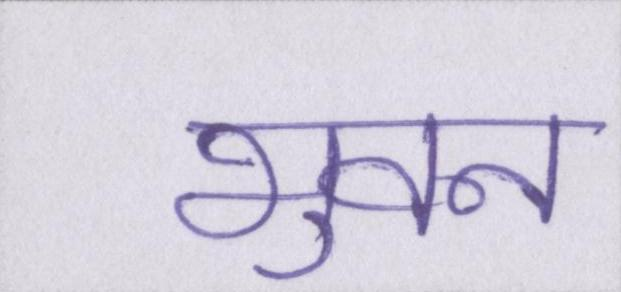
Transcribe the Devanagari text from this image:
भुवन